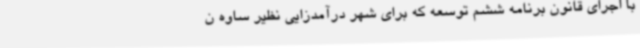
با اجرای قانون برنامه ششم توسعه که برای شهر درآمدزایی نظیر ساوه ن